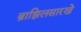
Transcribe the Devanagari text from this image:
ब्राझिलसारखे